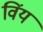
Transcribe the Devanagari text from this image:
विंय